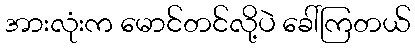
အားလုံးက မောင်တင်လို့ပဲ ခေါ်ကြတယ်